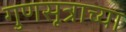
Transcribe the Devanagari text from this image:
गुणसूत्राच्या